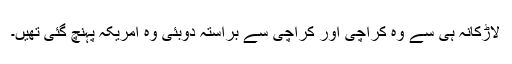
لاڑکانہ ہی سے وہ کراچی اور کراچی سے براستہ دوبئی وہ امریکہ پہنچ گئی تھیں۔